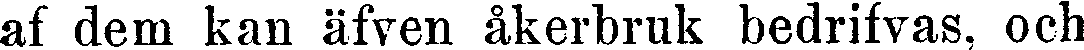
af dem kan äfven åkerbruk bedrifvas, och